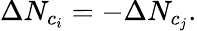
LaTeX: \Delta N_{c_{i}}=-\Delta N_{c_{j}}.